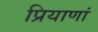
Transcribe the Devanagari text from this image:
प्रियाणां